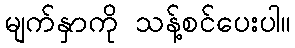
မျက်နှာကို သန့်စင်ပေးပါ။